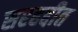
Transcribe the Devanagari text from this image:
सरहद्दीत